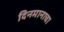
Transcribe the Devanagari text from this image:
दिनमानाचा